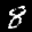
Label: 8